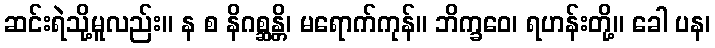
ဆင်းရဲသို့မူလည်း။ န စ နိဂစ္ဆန္တိ၊ မရောက်ကုန်။ ဘိက္ခဝေ၊ ရဟန်းတို့။ ခေါ ပန၊